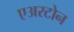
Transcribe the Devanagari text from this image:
एअरटोन